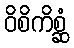
ဝိစိကိစ္ဆံ